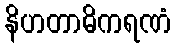
နိဟတာဓိကရဏံ